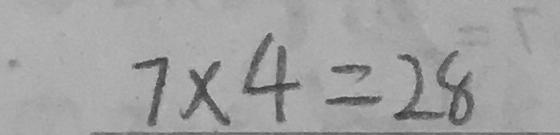
7 \times 4 = 2 8